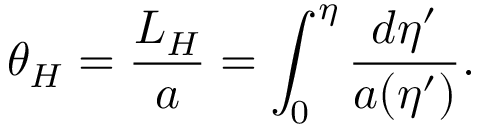
\theta _ { H } = { \frac { L _ { H } } { a } } = \int _ { 0 } ^ { \eta } { \frac { d \eta ^ { \prime } } { a ( \eta ^ { \prime } ) } } .